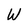
Character: W